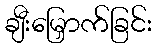
ချီးမြှောက်ခြင်း